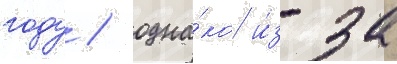
году / одна́ко и́з-за